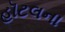
હૉટલના